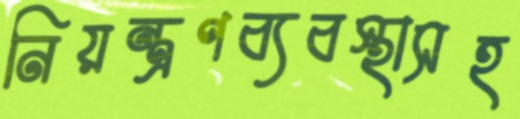
নিয়ন্ত্রণব্যবস্থাসহ